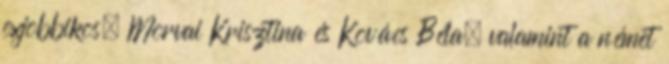
exjobbikos, Morvai Krisztina és Kovács Béla, valamint a német